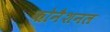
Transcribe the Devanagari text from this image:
कोनैशनल